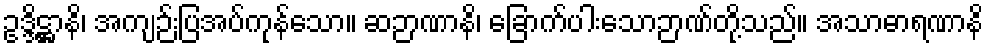
ဥဒ္ဒိဋ္ဌာနိ၊ အကျဉ်းပြအပ်ကုန်သော။ ဆဉာဏာနိ၊ ခြောက်ပါးသောဉာဏ်တို့သည်။ အသာဓာရဏာနိ